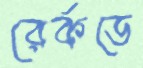
রের্কডে